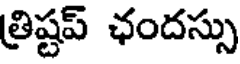
త్రిష్టప్ ఛందస్సు